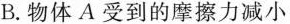
B.物体A受到的摩擦力减小